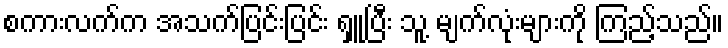
စကားလက်က အသက်ပြင်းပြင်း ရှူပြီး သူ့ မျက်လုံးများကို ကြည့်သည်။